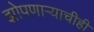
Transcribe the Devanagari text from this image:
झोपणाऱ्याचीही